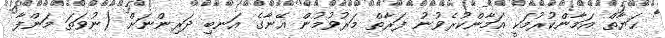
ޙަޔާތް އަމާންކުރުމަކީ އަމާންކުރެވުނު ފަރާތް މަރުވުމުން އޭނާގެ އަނބި ދަރިންނަށް (ނުވަތަ މަންފާ